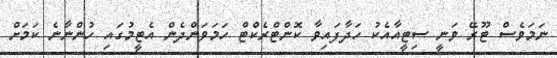
ނަމަވެސް ޓޫރޭ ވަނީ ސިޓީއާއެކު ހަދާފައިވާ ކޮންޓްރެކްޓް ހަމަވަންދެން އެޓީމުގައި ހުންނާނެ ކަމަށް